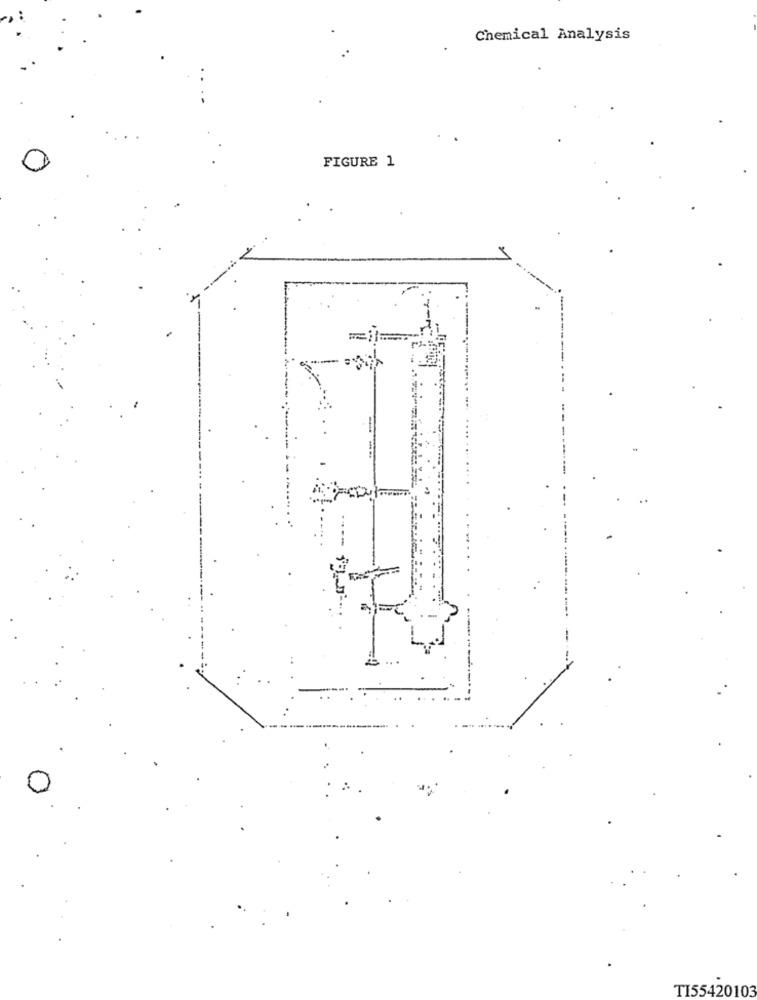
Chemical Analysis
FIGURE 1
=
0
TI55420103